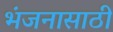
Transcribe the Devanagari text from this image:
भंजनासाठी